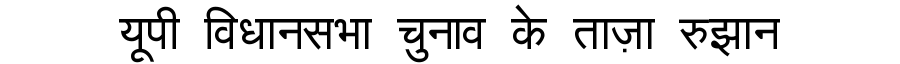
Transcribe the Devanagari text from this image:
यूपी विधानसभा चुनाव के ताज़ा रुझान